Plague in India, 1896, 1897 - Volume 2
Year: 1896
Disease focus: Plague
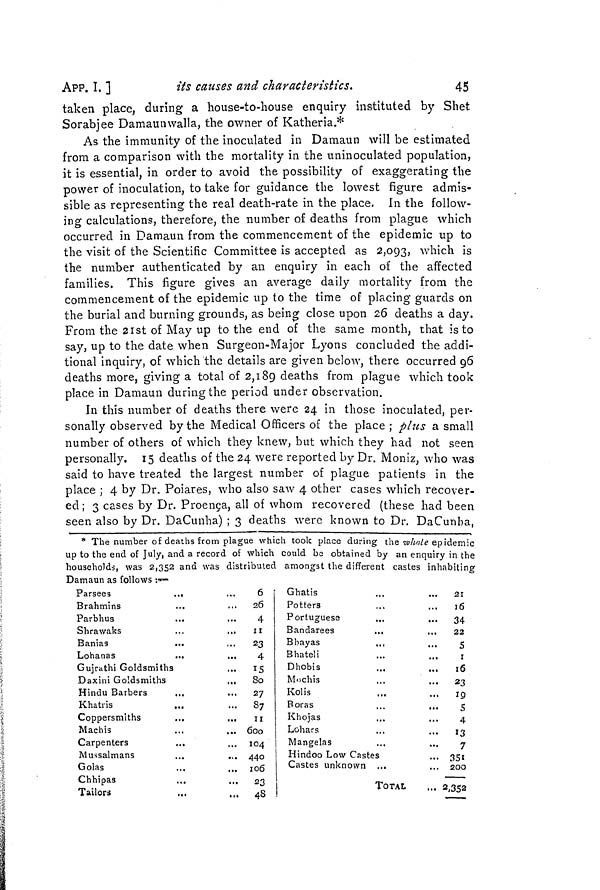
APP. I, ]
its causes and characteristics.
45
taken place, during a house-to-house enquiry instituted by Shet
Sorabjee Damaunwalla, the owner of Katheria.*
As the immunity of the inoculated in Damaun will be estimated
from a comparison with the mortality in the uninoculated population,
it is essential, in order to avoid the possibility of exaggerating the
power of inoculation, to take for guidance the lowest figure admis-
sible as representing the real death-rate in the place. In the follow-
ing calculations, therefore, the number of deaths from plague which
occurred in Damaun from the commencement of the epidemic up to
the visit of the Scientific Committee is accepted as 2,093, which is
the number authenticated by an enquiry in each of the affected
families. This figure gives an average daily mortality from the
commencement of the epidemic up to the time of placing guards on
the burial and burning grounds, as being close upon 26 deaths a day.
From the 21st of May up to the end of the same month, that is to
say, up to the date when Surgeon-Major Lyons concluded the addi-
tional inquiry, of which the details are given below, there occurred 96
deaths more, giving a total of 2,189 deaths from plague which took
place in Damaun during the period under observation.
In this number of deaths there were 24 in those inoculated, per-
sonally observed by the Medical Officers of the place ; plus a small
number of others of which they knew, but which they had not seen
personally. 15 deaths of the 24 were reported by Dr. Moniz, who was
said to have treated the largest number of plague patients in the
place ; 4 by Dr. Poiares, who also saw 4 other cases which recover-
ed; 3 cases by Dr. Proença, all of whom recovered (these had been
seen also by Dr. DaCunha) ; 3 deaths were known to Dr. DaCunha.
* The number of deaths from plague which took place during the whole epidemic
up to the end of July, and a record of which could bo obtained by an enquiry in the
households, was 2,352 and was distributed amongst the different castes inhabiting
Damaun as follows :-
Parsees
.,
Brahmins
Parbhus
Shrawaks
Banias
Lohanas
..
Gujrathi Goldsmiths
Daxini Goldsmiths
Hindu Barbers
...
Khatris
Coppersmiths
Machis
Carpenters
...
Mussalmans
Golas
Chhipas
Tailors
6
.,. 26
4
11
...
23
4
... 15
... 80
... 27
... 87
11
... 600
... 104
... 440
... 106
... 23
... 48
Ghatis
Potters
Portuguese
Bandarees
B hayas
...
Bhateli
Dhobis
Mochis
Kolis
Boras
Khojas
Lohars
Mangelas
Hindoo Low Castes
Castes unknown ...
TOTAL
21
16
...
34
22
5
1
16
23
19
5
4
13
7
351
200
... 2,352